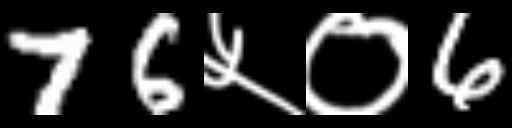
Text: 76५०6